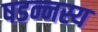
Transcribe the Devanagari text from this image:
षडन्नस्य